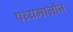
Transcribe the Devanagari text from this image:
पध्यमालीन